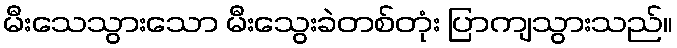
မီးသေသွားသော မီးသွေးခဲတစ်တုံး ပြာကျသွားသည်။